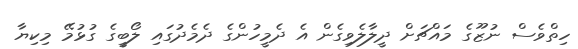
ހިތްވެސް ނުޒޫގެ މައްޗަށް ދީލާލެވިގެން އެ ދެމީހުންގެ ދެެމެދުގައި ލޯބީގެ ގުޅުމޭ މިކިޔާ